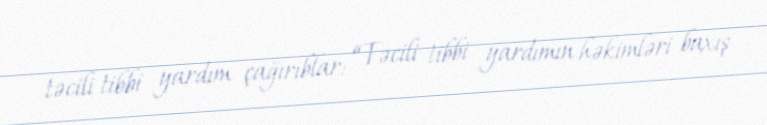
təcili tibbi yardım çağırıblar: “Təcili tibbi yardımın həkimləri baxış